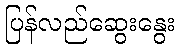
ပြန်လည်ဆွေးနွေး